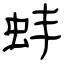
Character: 蚌